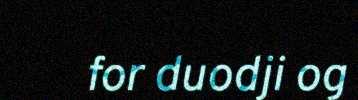
for duodji og